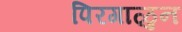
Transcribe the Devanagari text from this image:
पिरगाळुन